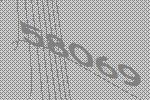
58069